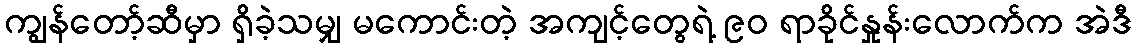
ကျွန်တော့်ဆီမှာ ရှိခဲ့သမျှ မကောင်းတဲ့ အကျင့်တွေရဲ့ ၉၀ ရာခိုင်နှုန်းလောက်က အဲဒီ